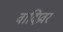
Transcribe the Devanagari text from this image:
वादिप्रवर